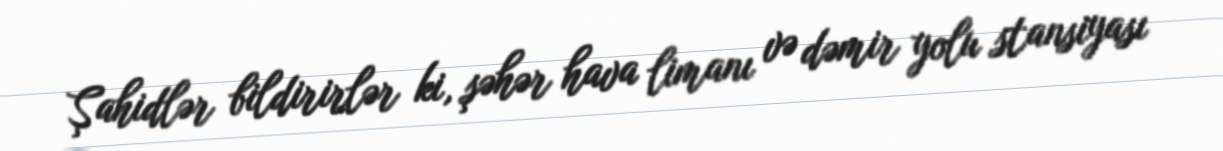
Şahidlər bildirirlər ki, şəhər hava limanı və dəmir yolu stansiyası